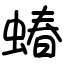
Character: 蝽